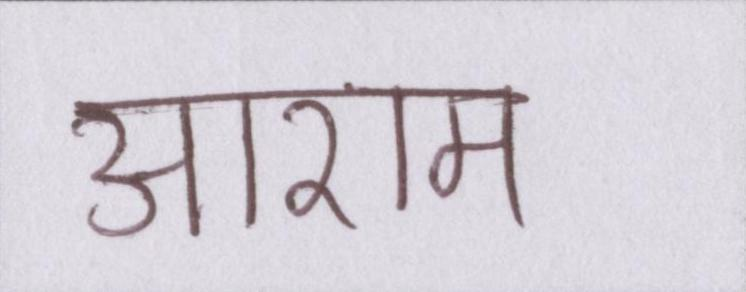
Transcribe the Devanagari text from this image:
आराम